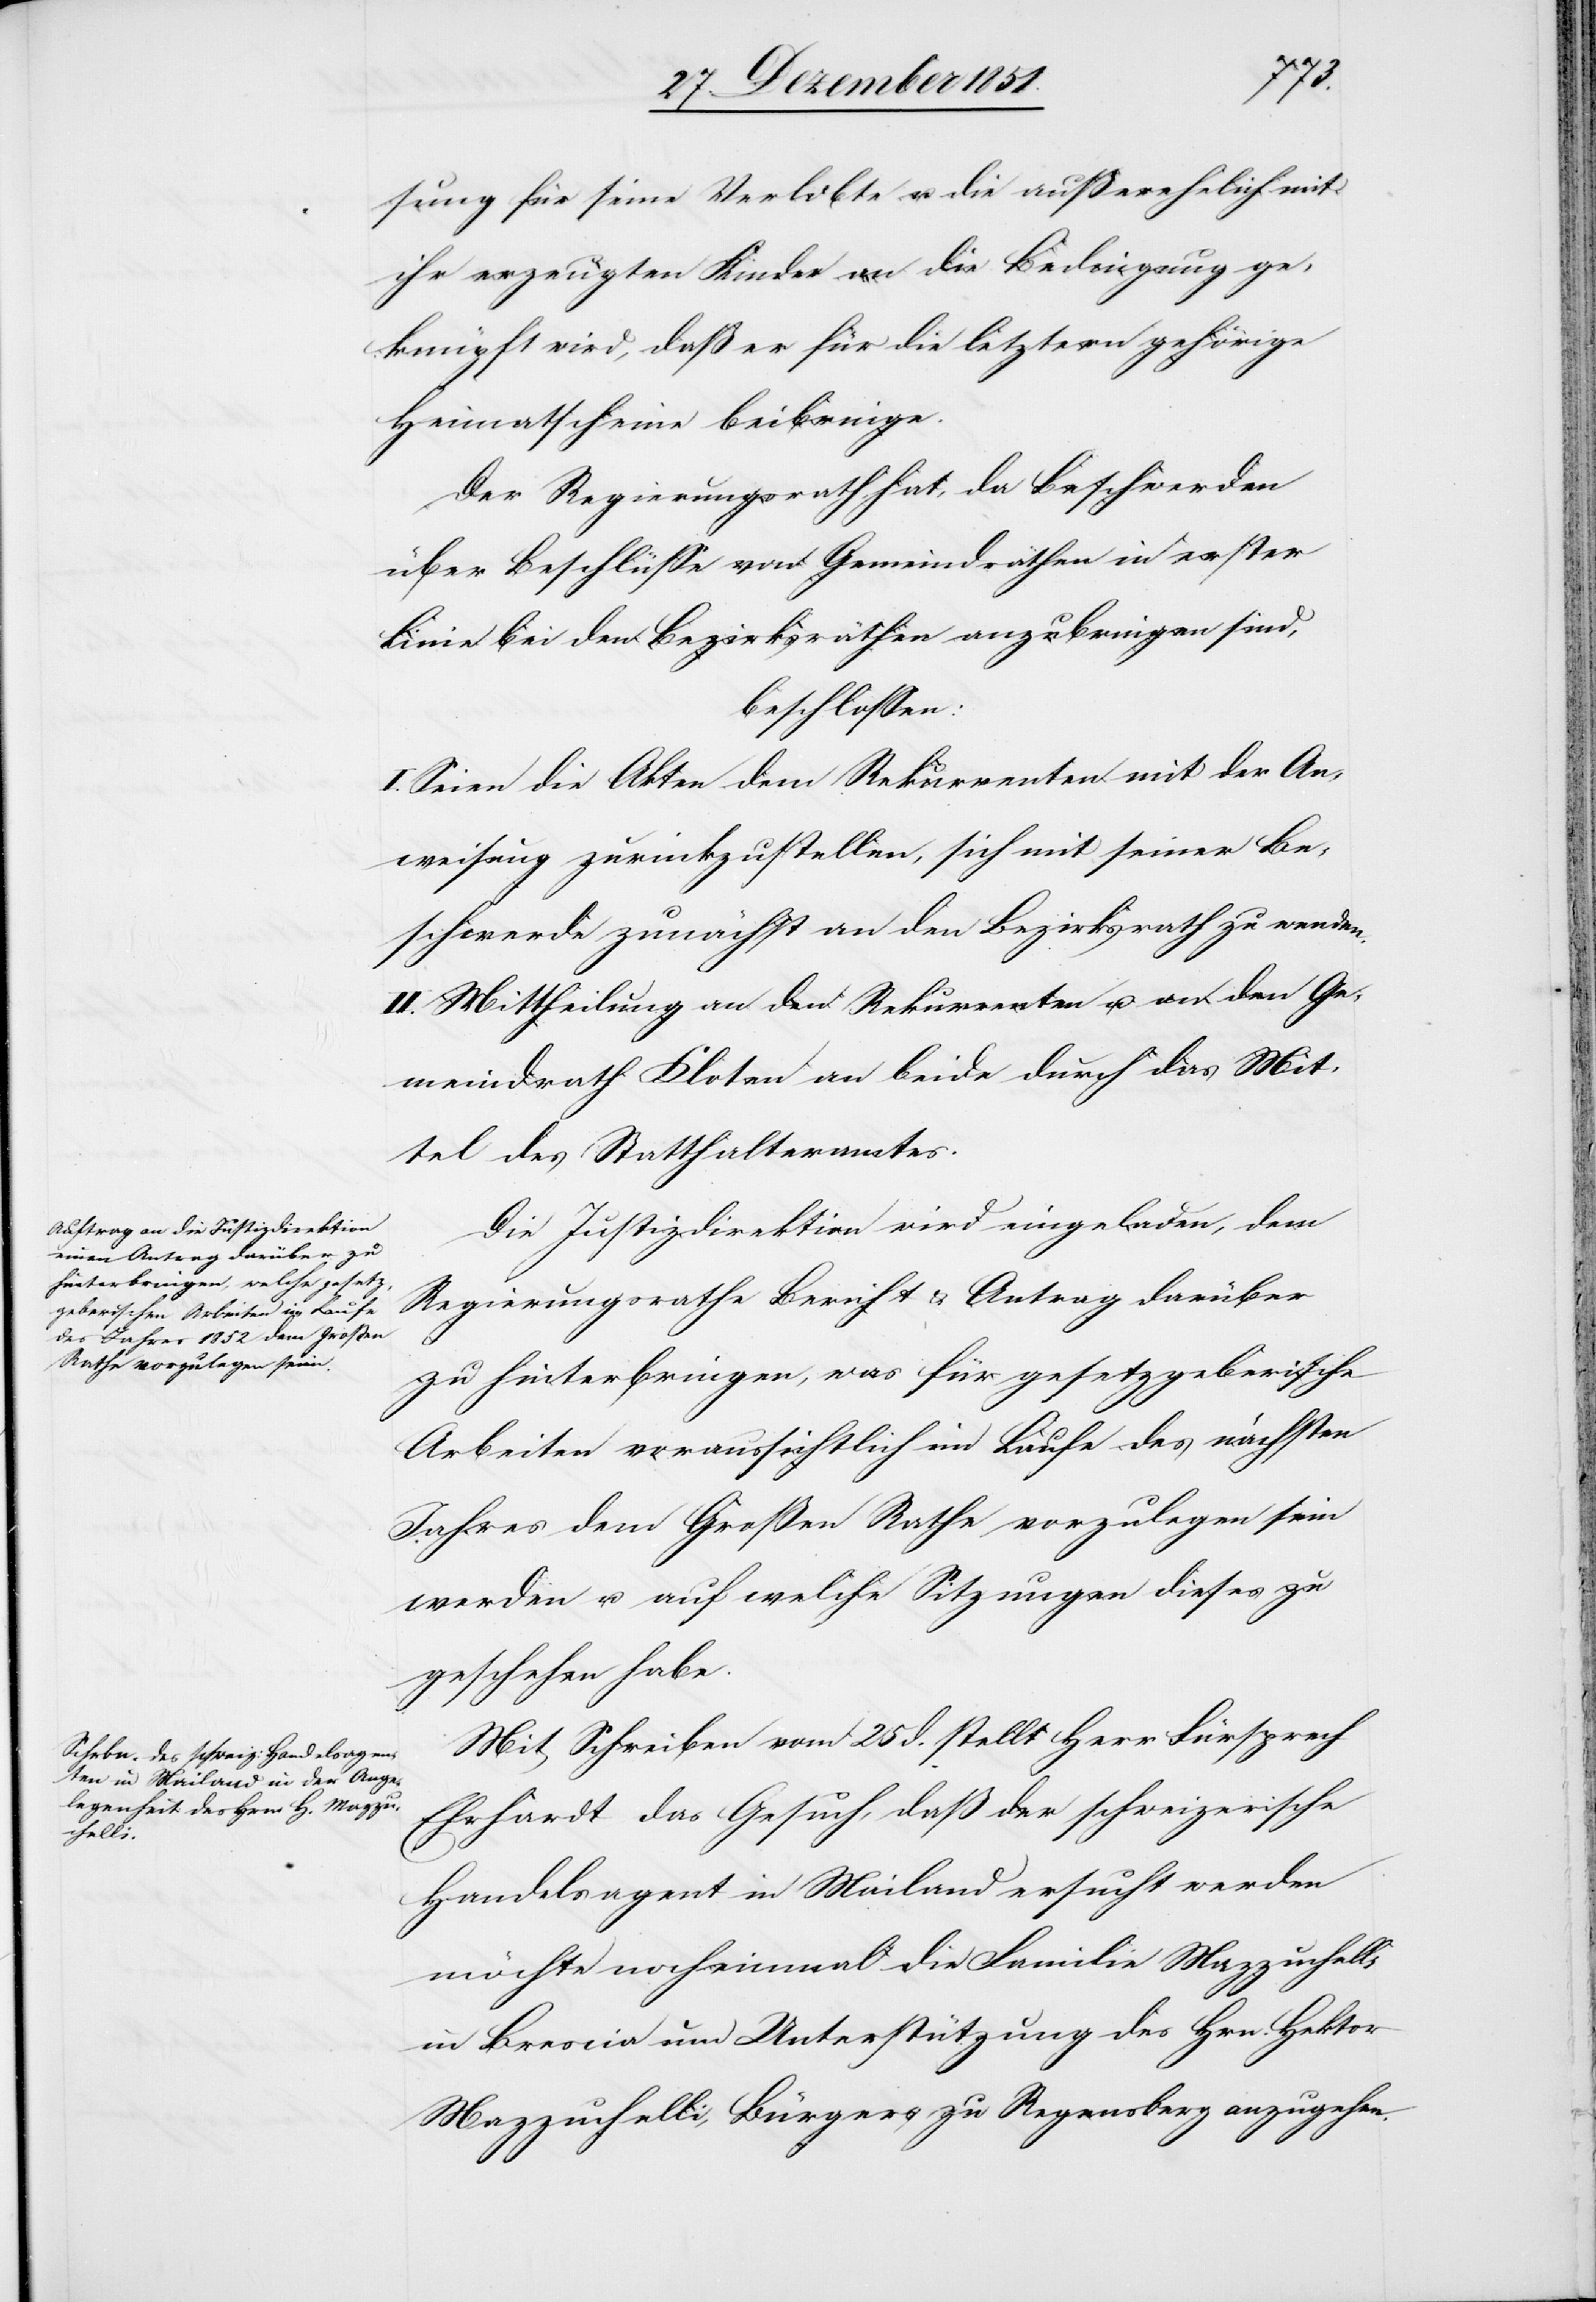
sung für seine Verlobte u. die außerehelich mit
ihr erzeugten Kinder an die Bedingung ge¬
knüpft wird, daß er für die letztern gehörige
Heimatscheine beibringe.
Der Regierungsrath hat, da Beschwerden
über Beschlüsse von Gemeindräthen in erster
Linie bei den Bezirksräthen anzubringen sind,
beschlossen:
I. Seien die Akten dem Rekurrenten mit der An¬
weisung zurückzustellen, sich mit seiner Be¬
schwerde zunächst an den Bezirksrath zu wenden.
II. Mittheilung an den Rekurrenten u. an den Ge¬
meindrath Kloten an beide durch das Mit¬
tel des Statthalteramtes.
Die Justizdirektion wird eingeladen, dem
Regierungsrathe Bericht & Antrag darüber
zu hinterbringen, was für gesetzgeberische
Arbeiten voraussichtlich im Laufe des nächsten
Jahres dem Großen Rathe vorzulegen sein
werden u. auf welche Sitzungen dieses zu
geschehen habe.
Mit Schreiben vom 25 d. stellt Herr Fürsprech
Ehrhardt das Gesuch, daß der schweizerische
Handelsagent in Mailand ersucht werden
möchte nocheinmal die Familie Mazzuchelli
in Brescia um Unterstützung des Hrn. Hektor
Mazzuchelli, Bürgers zu Regensberg anzugehen.